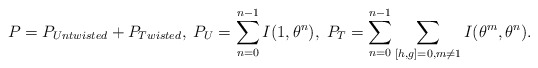
\begin{align*}P =P_{Untwisted} + P_{Twisted},\;P_U = \sum_{n=0}^{n-1} I(1,\theta^n),\;P_T=\sum_{n=0}^{n-1} \sum_{[h,g]=0,m \neq 1} I(\theta^m, \theta^n).\end{align*}